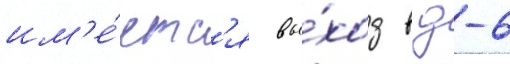
им'е́етс'я вы́ход в д-6